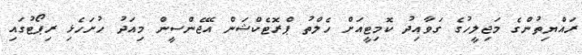
ރައްޔިތުންގެ މަޖިލީހުގެ ގަވާއިދު ކޮމިޓީއަށް ހެލްތު ޕްރޮޓެކްޝަން އޭޖެންސީން މިއަދު ހުށަހެޅި ރިޕޯޓުގައި